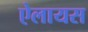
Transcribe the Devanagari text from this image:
ऐलायस